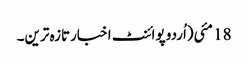
18 مئی(اُردو پوائنٹ اخبارتازہ ترین۔